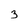
Character: 3